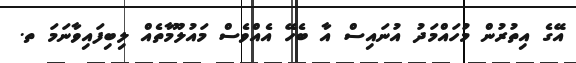
އޭގެ އިތުރުން މުހައްމަދު އުނައިސް އާ ބެހޭ އެއްވެސް މައުލޫމާތެއް ލިބިފައިވާނަމަ ތ.